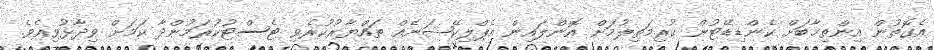
އެގޮތުން އިންތިޚާބަށް ކެންޑިޑޭޓުން ކުރިމަތިލުމަށް އޮންލައިން އެޕްލިކޭޝަނެއް ތައްޔާރުކުރެވި ޓެސްޓުކުރަމުންދާ ކަމަށް ވިދާޅުވިއެވެ.